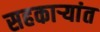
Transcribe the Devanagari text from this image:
सहकार्‍यांत